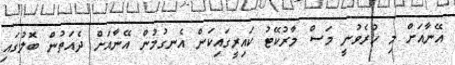
އޭނާއަށް މި ހުރެވުނީ މަސް މާރުކޭޓު ކައިރީގައިކަން އެނގުމުން އޭނާއަށް ދެއަތުން ބޮލުގައި